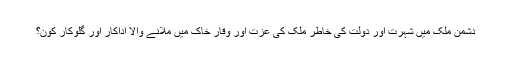
دشمن ملک میں شہرت اور دولت کی خاطر ملک کی عزت اور وقار خاک میں ملانے والا اداکار اور گلوکار کون؟